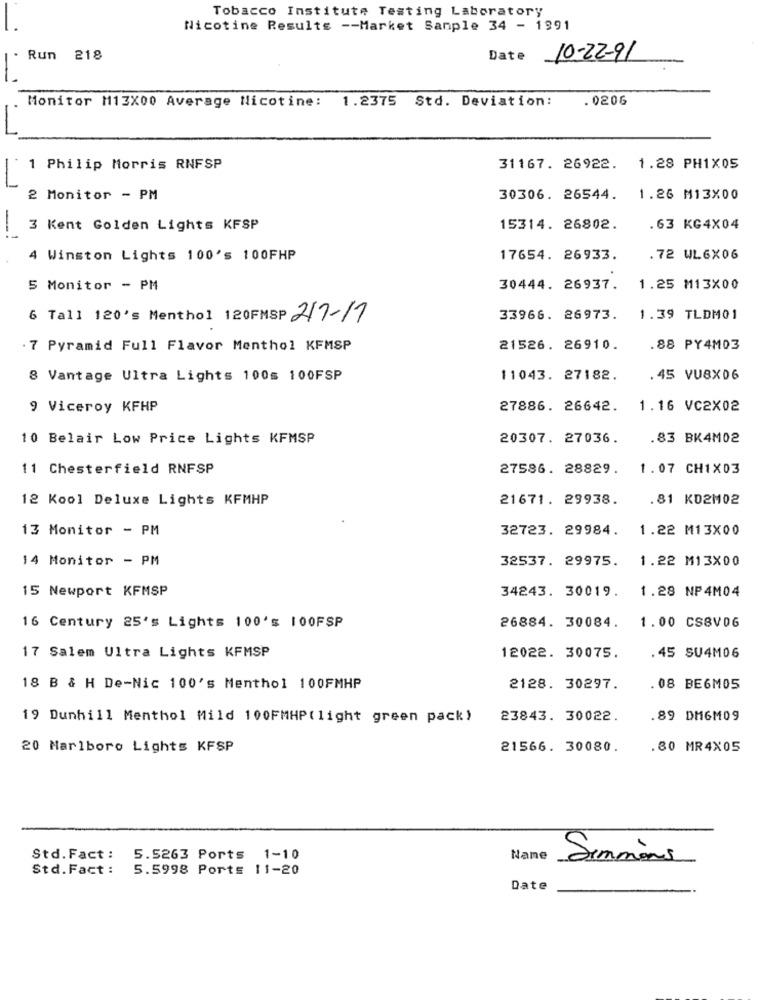
Tobacco Institute Testing Laboratory
Nicotine Results -- Market Sanple 34 - 1991
Run 218
Date 10-22-91
Monitor M13X00 Average Nicotine: 1.2375 Std. Deviation:
.0206
1 Philip Morris RNFSP
31167. 26922. 1.28 PH1X05
2 Monitor - PM
30306. 26544. 1.26 M13X00
3 Kent Golden Lights KFSP
15314. 26802.
.63 KG4X04
4 Winston Lights 100's 100FHP
17654. 26933.
.72 WL6X06
5 Monitor - PM
30444. 26937.
1.25 M13X00
6 Tall 120's Menthol 120FMSP 217-17
33966. 26973.
1.39 TLDM01
. 7 Pyramid Full Flavor Menthol KFMSP
21526. 26910.
.88 PY4M03
8 Vantage Ultra Lights 100s 100FSP
11043. 27182.
. 45 VU8X06
9 Viceroy KFHP
27886. 26642.
1.16 VC2X02
10 Belair Low Price Lights KFMSP
20307. 27036.
.83 BK4M02
11 Chesterfield RNFSP
27586. 28829.
1.07 CH1X03
12 Kool Deluxe Lights KFMHP
21671. 29938.
.81 KD2M02
13 Monitor - PM
32723. 29984.
1.22 M13X00
14 Monitor - PM
32537. 29975.
1.22 M13X00
15 Newport KFMSP
34243. 30019.
1.28 NP4M04
26884. 30084.
1.00 CSBV06
16 Century 25's Lights 100's 100FSP
17 Salem Ultra Lights KFMSP
12022. 30075.
.45 SU4M06
18 B & H De-Nic 100's Menthol 100FMHP
2128. 30297.
. 08 BE6M05
19 Dunhill Menthol Mild 100FMHP(light green pack)
23843. 30022.
.89 DM6M09
20 Marlboro Lights KFSP
21566. 30080.
. 80 MR 4X05
Std. Fact :
5.5263 Ports 1-10
Name
Simmons
Std.Fact :
5.5998 Ports 11-20
Date